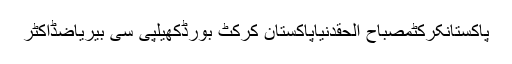
پاکستانکرکٹمصباح الحقدنیاپاکستان کرکٹ بورڈکھیلپی سی بیریاضڈاکٹر